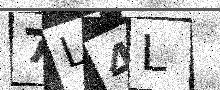
Text: 7L4L